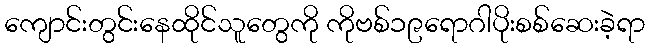
ကျောင်းတွင်းနေထိုင်သူတွေကို ကိုဗစ်၁၉ရောဂါပိုးစစ်ဆေးခဲ့ရာ